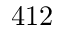
4 1 2